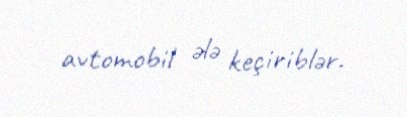
avtomobil ələ keçiriblər.